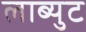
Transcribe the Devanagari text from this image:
लाब्युट